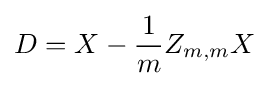
D=X-{\frac {1}{m}}Z_{m,m}X